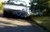
વકાલત